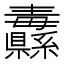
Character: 纛